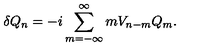
\delta Q _ { n } = - i \sum _ { m = - \infty } ^ { \infty } m V _ { n - m } Q _ { m } .